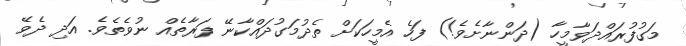
މަގުފުރައްދަވާމީހާ (ދަންނާށެވެ!) ފަހެ އެމީހަކަށް ތެދުމަގުދައްކާނޭ ފަރާތެއް ނުވެތެވެ. އަދި ދެވޭ